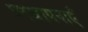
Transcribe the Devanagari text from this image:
प्रस्थापनाएँ